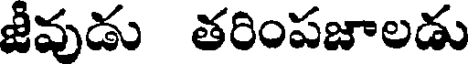
జీవుడు తరింపజాలడు